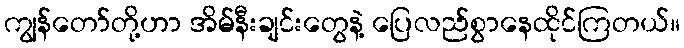
ကျွန်တော်တို့ဟာ အိမ်နီးချင်းတွေနဲ့ ပြေလည်စွာနေထိုင်ကြတယ်။